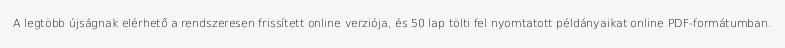
A legtöbb újságnak elérhető a rendszeresen frissített online verziója, és 50 lap tölti fel nyomtatott példányaikat online PDF-formátumban.